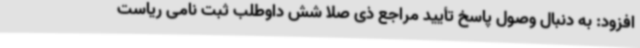
افزود: به دنبال وصول پاسخ تأیید مراجع ذی صلا شش داوطلب ثبت نامی ریاست